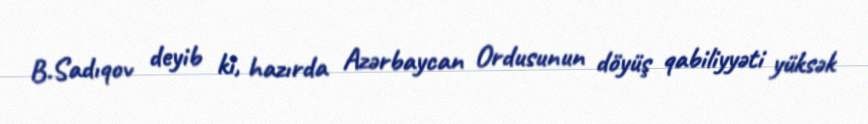
B.Sadıqov deyib ki, hazırda Azərbaycan Ordusunun döyüş qabiliyyəti yüksək